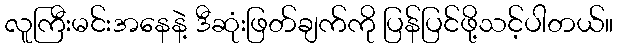
လူကြီးမင်းအနေနဲ့ ဒီဆုံးဖြတ်ချက်ကို ပြန်ပြင်ဖို့သင့်ပါတယ်။